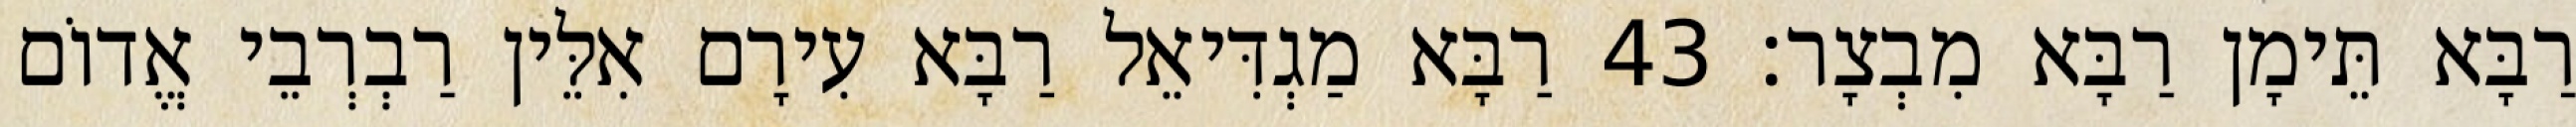
רַבָּא תֵּימָן רַבָּא מִבְצָר׃ 43 רַבָּא מַגְדִּיאֵל רַבָּא עִירָם אִלֵּין רַבְרְבֵי אֱדוֹם